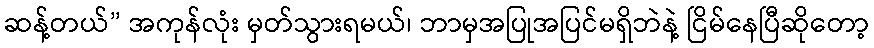
ဆန့်တယ်” အကုန်လုံး မှတ်သွားရမယ်၊ ဘာမှအပြုအပြင်မရှိဘဲနဲ့ ငြိမ်နေပြီဆိုတော့